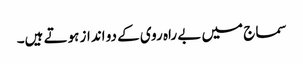
سماج میں بے راہ روی کے دو انداز ہوتے ہیں۔